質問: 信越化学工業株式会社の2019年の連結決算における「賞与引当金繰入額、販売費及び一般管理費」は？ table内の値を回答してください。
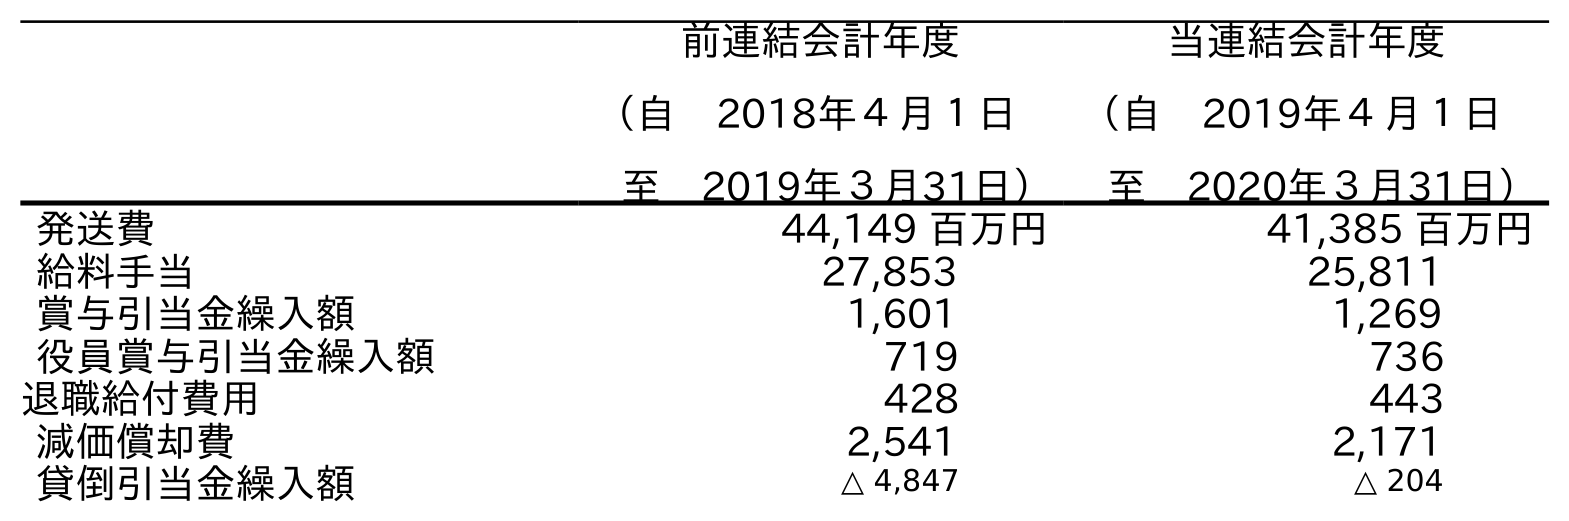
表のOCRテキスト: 前連結会計年度 （自 2018年４月１日 至 2019年３月31日） 当連結会計年度 （自 2019年４月１日 至 2020年３月31日） 発送費 44,149 百万円 41,385 百万円 給料手当 27,853 25,811 賞与引当金繰入額 1,601 1,269 役員賞与引当金繰入額 719 736 退職給付費用 428 443 減価償却費 2,541 2,171 貸倒引当金繰入額 △ 4,847 △ 204
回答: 1,601